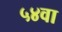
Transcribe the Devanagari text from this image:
५४वा